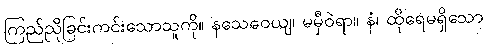
ကြည်ညိုခြင်းကင်းသောသူကို။ နသေဝေယျ၊ မမှီဝဲရာ။ နံ၊ ထိုရေမရှိသော